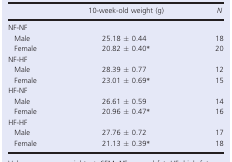
<table><thead><tr><td></td><td><b>10‐week‐old weight (g)</b></td><td><b><i>N</i></b></td></tr></thead><tbody><tr><td colspan="3">NF‐NF</td></tr><tr><td>Male</td><td>25.18 ± 0.44</td><td>18</td></tr><tr><td>Female</td><td>20.82 ± 0.40a</td><td>20</td></tr><tr><td colspan="3">NF‐HF</td></tr><tr><td>Male</td><td>28.39 ± 0.77</td><td>12</td></tr><tr><td>Female</td><td>23.01 ± 0.69a</td><td>15</td></tr><tr><td colspan="3">HF‐NF</td></tr><tr><td>Male</td><td>26.61 ± 0.59</td><td>14</td></tr><tr><td>Female</td><td>20.96 ± 0.47a</td><td>16</td></tr><tr><td colspan="3">HF‐HF</td></tr><tr><td>Male</td><td>27.76 ± 0.72</td><td>17</td></tr><tr><td>Female</td><td>21.13 ± 0.39a</td><td>18</td></tr></tbody></table>